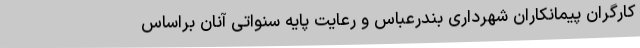
کارگران پیمانکاران شهرداری بندرعباس و رعایت پایه سنواتی آنان براساس